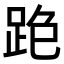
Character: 𨀓